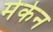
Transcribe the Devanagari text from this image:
मेकेन